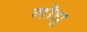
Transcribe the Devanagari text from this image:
गोधू